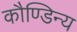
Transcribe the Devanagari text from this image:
कौण्डिन्य